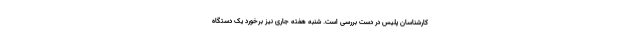
کارشناسان پلیس در دست بررسی است. شنبه هفته جاری نیز برخورد یک دستگاه